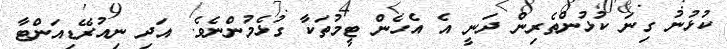
ކުޅުނު ގިނަ ކުޅުންތެރިން ދަނީ އެ އެހެން ޓީމުތަކާ ގުޅެމުންނެވެ. އަދި ނިއުރޭޑިއަންޓާ